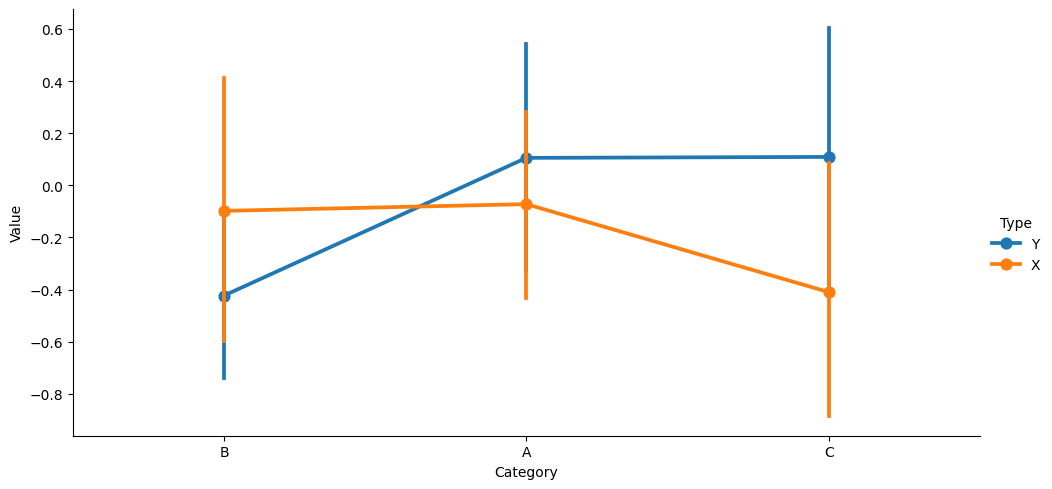
python, seaborn, catplot, kind='point', height=5, aspect=2